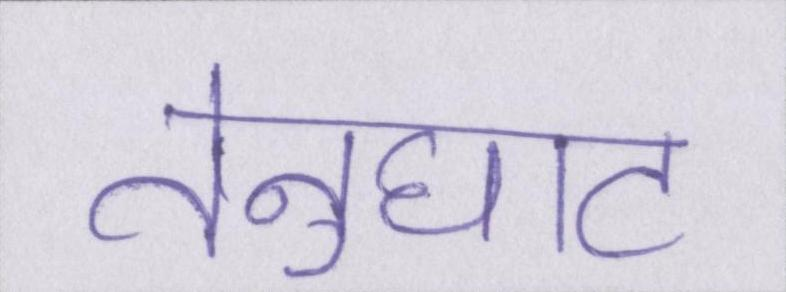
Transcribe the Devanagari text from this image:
तेनुघाट